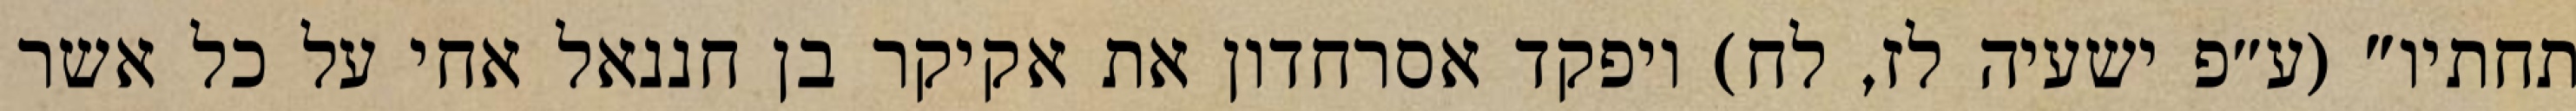
תחתיו" (ע״פ ישעיה לז, לח) ויפקד אסרחדון את אקיקר בן חננאל אחי על כל אשר